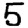
Digit: 5